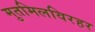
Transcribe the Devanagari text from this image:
मुतमिलविरहर